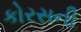
કોરસની